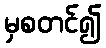
မှစတင်၍